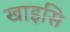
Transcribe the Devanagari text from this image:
खाइसि